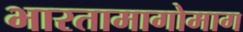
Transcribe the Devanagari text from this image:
भारतामागोमाग